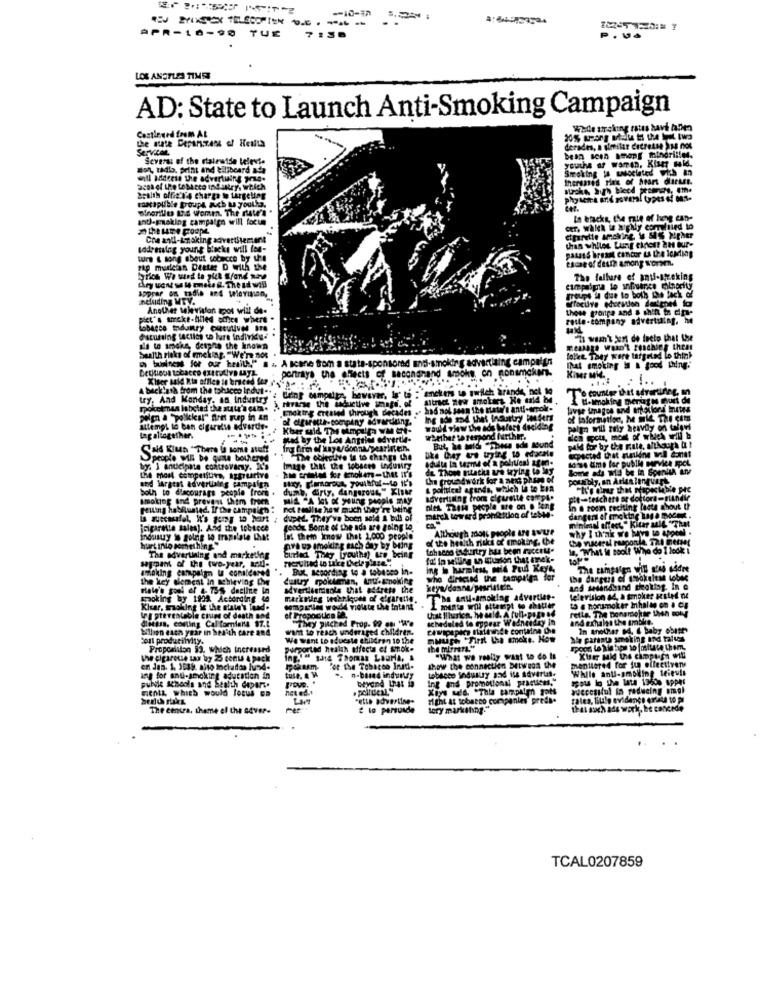
-- 10-37
APR-10-90 TUE
7 :38
P.04
LOS ANGELES TIMES
AD: State to Launch Anti-Smoking Campaign
Continued from At
Wade arching raus havi haben
the mute DepAnzen of HellLa
Servican
Severas of the rialewide televie
youthe af warren. Kiser said.
don, radio. print and billboard ada
Smoking to wscelated with an
will address the advertising Je.
Health offig'N'4 charge se targeting
and-Flaking campaign will focus
Io bricks, the rate of hong can-
Che andl-Looking advertisement
sodressing young blacks will ten-
pasass breast cancer LA Lhe loking
sure & song about sobecco by the
Cache of deste among worsen.
zap madein Dentie D with the
Ary ven se le mete &. The ad will
The falluare of anif-neking
koppar on radio and television,
groups la due to both the lack of
neluiding MTY.
Another television apos will de-
these groups and & ah'n te dira-
piet's urcke-filled amies where
reste-company advertuing, he
Lobarco industry Cusulives are
"hi wasn't Xen de feetp that the
als to smoke, detpne the known
health risks of mmeking. "We're nos
business for our health!" ...
and-smoking advertising
lolet. They were targetad lo think
DetHiess tobacco CHEtullyD LyL
portrays the effects of sacongnand smoke, on nonamchans.
That smoking in & good thing.
Kiner Mit.
A backlash from the tobacco Indul .. .
: amekers to switch brands, not 19
try, And Monday, an Industry
rivarse the inductive imafii. of
Edking created through decades .. had not seen the state's anti-erpol-
Ing ade 254 that fosuttry Moeders
attempt to ban cigarette edvardis-
Kber wid Th MIple YM IT-
would view the ads bolest deciding
palmo will tily heavily on talgri
Lap aliogether.
sad by the Los Angeles advertie-
whether to respond further.
Cald Klus "There is some stuff
fro firm of kaye/donna pearintein.
But, he mis "These sde sound
people will be quite bothered
The objective is to change the
1084 ams for publle service spot
by. I anticipate controlany. It's
Image that the tobacco industry
de Those mLatka ura trying to lay
Some ads will be in SpenitA try
the most competitiva, aggrearive
Che groundwork for a nes pham of
bol to dlacourage people from .
sod largeat advertialeg campaign
dub, dirty, dangerous," Xist
Imaking and prevent them freen
MIL "A Jos & young people mily
advertising trom cigarette compl.
ptt-teschers ar doctora-BLAndie
Pelling hobhunted. If the campsich :
not teilte how much Why're being
march toward proplettion of teble.
in . rosi reciting (a4te Chout th
dangers el mokthe usa DoCt .
duphL. They've boen sol4 & bill of
¡cigarette sales). Acid the tobtcce
foode Some of the ada are going to.
Although zdott people Le &Vue
why I think we have to AppON .
Industry is going to translate that
let them know that 1,000 people
of the health risks of smoking. the
hart into something
tohseco isgurtry has been raceet.
la, What ie sool? Wie do I look i
sappant of the two-year, Med-
The advertising and marketing
Curial They [youths) are being
But, sepording to a tobesco In-
ing h harmless, mid Pud Keye,
The campaign will n'as sodre
the key element in achieving Che
dustry rokulean, Am-Enokine
who @ricted the tamprima for
Hale's gool af 4 735 decline in
advertisements that adireto the
and sesandsind theoktag. In e
spoking by 1929. According 44
Anul-smoking advertien-
television a4, à smoker seitet ne
Kicar, smoking in the state's Tand.
sompwm woxdd violate the intant
L mente will attempt to ahitler
to a nonsmoker Inhalte on a CE
Ir g preventable coins of death and
dliessa. codling Cal forniana $7.1
of Propoction BA,
"They punched Prop. 99 oni "A"e
scheduled to appear Wednesday in
and exhalys the proble.
Sen csen year in health care and
want to reach underaged children.
We want to educate children 10 the
muuch "First tha emcke. How
She parante smoking and talus
Propcalaton 93, Which Increased
purported health effects of smok-
the mirrors."
the cigaresse tax boy 25 cents a pack
"What we really want to do It
mentioned for fun effectivens
Kiser said the campus will
For the Tobacco Inmt-
tobacco Industry 354 14 Advartas-
show the connection Between the
While anti-smoking teievis
ing for anul-smoking aducation in
tule. & M
n-based induity
Ing and promotions practices."
spots lo the late 1960% appes
ments, which would focus on
public schools and health depart.
Xiys w'd. * This carpalm tats
successful in reducing omel
"etLa advertine-
Might At tobacco companies" preda.
tales, tilile evidence erista to pl
The centra. theme el the GAver-
£ to persuade
tory marketing."
that such ads work, be concede
TCAL0207859